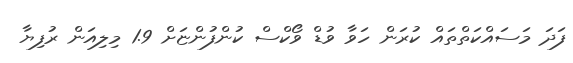
ފަދަ މަސައްކަތްތައް ކުރަން ހަވާ ވުޑް ވޯކްސް ކުންފުންޏަށް 1.9 މިލިއަން ރުފިޔާ